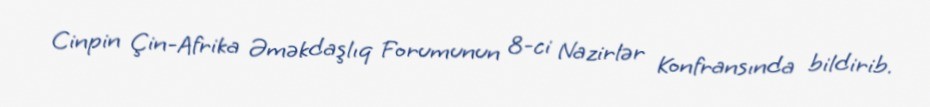
Cinpin Çin-Afrika Əməkdaşlıq Forumunun 8-ci Nazirlər Konfransında bildirib.